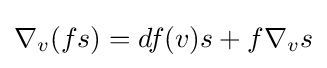
\nabla _{v}(fs)=df(v)s+f\nabla _{v}s